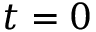
t = 0